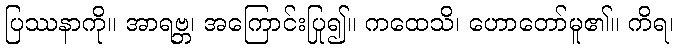
ပြဿနာကို။ အာရဗ္ဘ၊ အကြောင်းပြု၍။ ကထေသိ၊ ဟောတော်မူ၏။ ကိရ၊